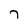
Character: 7